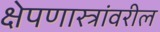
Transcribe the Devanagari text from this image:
क्षेपणास्त्रांवरील